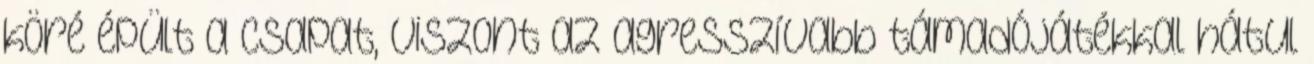
köré épült a csapat, viszont az agresszívabb támadójátékkal hátul